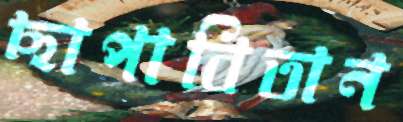
ছাপাবিতান